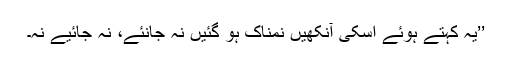
’’یہ کہتے ہوئے اسکی آنکھیں نمناک ہو گئیں نہ جانئے، نہ جائیے نہ۔